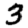
Digit: 3